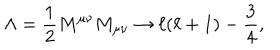
\Lambda = { \frac { 1 } { 2 } } M ^ { \mu \nu } M _ { \mu \nu } \rightarrow \ell ( \ell + 1 ) - { \frac { 3 } { 4 } } ,